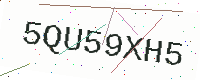
Text: 5QU59XH5